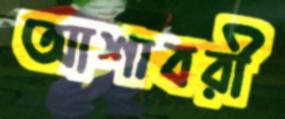
আশাবরী